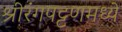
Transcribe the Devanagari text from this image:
श्रीरंगपट्टणमध्ये